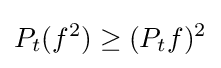
P_{t}(f^{2})\geq (P_{t}f)^{2}